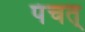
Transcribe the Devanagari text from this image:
पंचत्‌